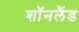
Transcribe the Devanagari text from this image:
शॉनलैंड